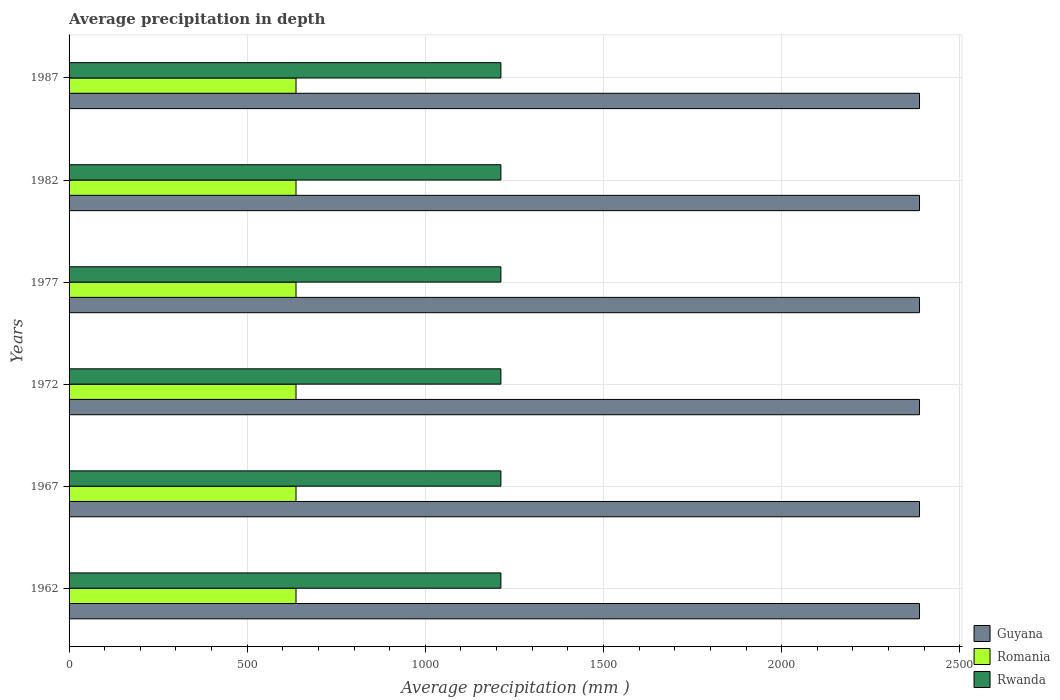
| Years | Guyana | Romania | Rwanda |
 | --- | --- | --- | --- |
 | 1962 | 2.39e+03 | 637 | 1.21e+03 |
 | 1967 | 2.39e+03 | 637 | 1.21e+03 |
 | 1972 | 2.39e+03 | 637 | 1.21e+03 |
 | 1977 | 2.39e+03 | 637 | 1.21e+03 |
 | 1982 | 2.39e+03 | 637 | 1.21e+03 |
 | 1987 | 2.39e+03 | 637 | 1.21e+03 |